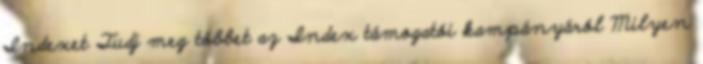
Indexet Tudj meg többet az Index támogatói kampányáról Milyen